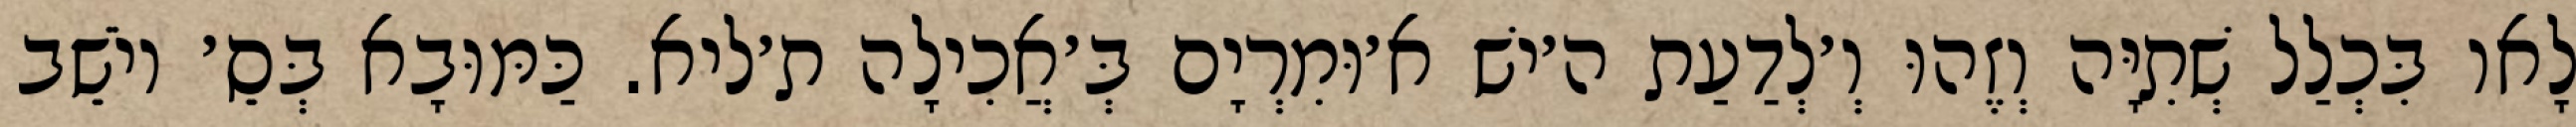
לָאו בִּכְלַל שְׁתִיָּה וְזֶהוּ וְ׳לְדַעַת ה׳ישׁ א׳וּמִרְיָם בְּ׳אֲכִילָה ת׳ליא. כַּמּוּבָא בְּסֵ׳ יוֹשֵׁב